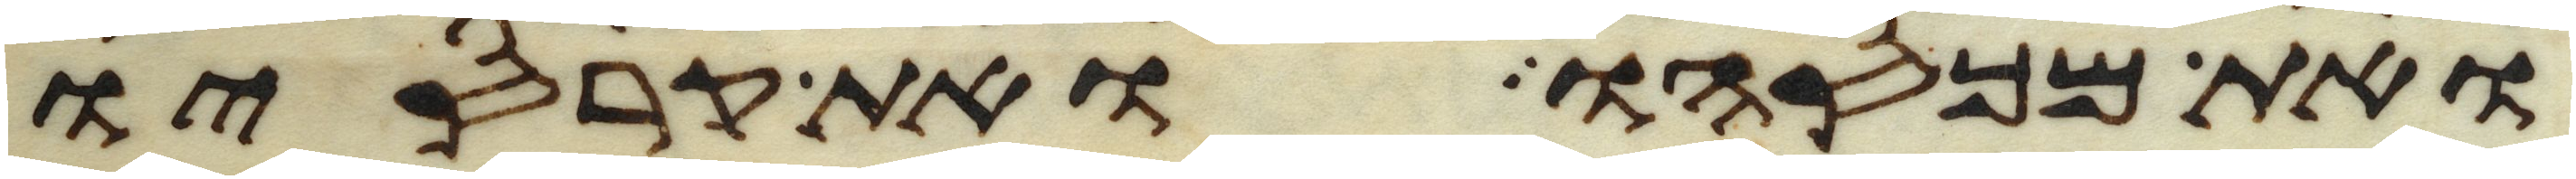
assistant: ואת מכסהו ואת קרסיו